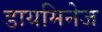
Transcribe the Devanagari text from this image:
डायमिनेज